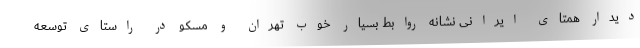
دیدار همتای ایرانی نشانه روابط بسیار خوب تهران و مسکو در راستای توسعه